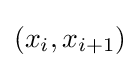
(x_{i},x_{i+1})